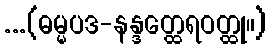
...(ဓမ္မပဒ-နန္ဒတ္ထေရဝတ္ထု။)